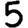
Digit: 5